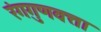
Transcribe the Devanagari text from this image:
रंगगुणवत्ता